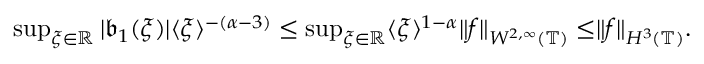
\begin{array} { r } { \operatorname* { s u p } _ { \xi \in \mathbb { R } } | \mathfrak { b } _ { 1 } ( \xi ) | \langle \xi \rangle ^ { - ( \alpha - 3 ) } \le \operatorname* { s u p } _ { \xi \in \mathbb { R } } \langle \xi \rangle ^ { 1 - \alpha } \rVert f \rVert _ { W ^ { 2 , \infty } ( \mathbb { T } ) } \le \rVert f \rVert _ { H ^ { 3 } ( \mathbb { T } ) } . } \end{array}